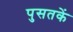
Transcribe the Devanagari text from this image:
पुसतकें